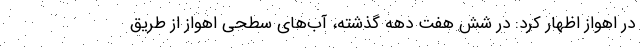
در اهواز اظهار کرد: در شش هفت دهه گذشته، آب‌های سطحی اهواز از طریق